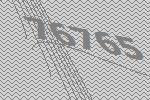
76765